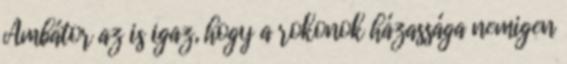
Ámbátor az is igaz, hogy a rokonok házassága nemigen